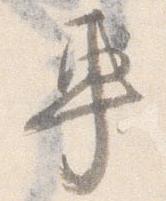
車